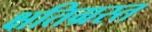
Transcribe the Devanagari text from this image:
क्षतिग्रस्‍त